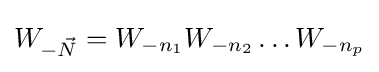
W_{-{\vec {N}}}=W_{-n_{1}}W_{-n_{2}}\dots W_{-n_{p}}